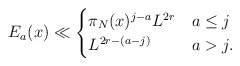
\begin{align*}E_a(x) \ll \begin{cases}\pi_N(x)^{j-a}L ^{2r} &a \leq j\\L^{2r - (a-j)} &a > j.\\\end{cases}\end{align*}